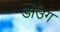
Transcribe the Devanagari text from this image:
डोउग